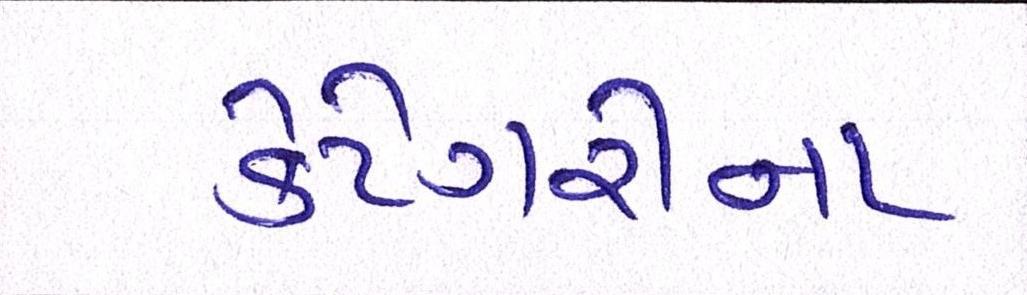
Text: કેટેગરીના